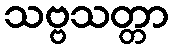
သဗ္ဗသတ္တာ